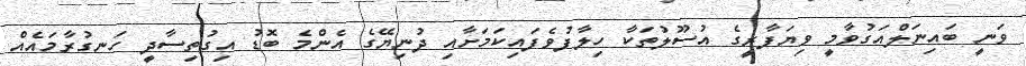
ވަނީ ބައިނަލްއަގުވާމީ ވިޔަފާރީގެ އުސޫލުތަކާ ހިލާފުވެފައިކަމަށާއި ދުނިޔޭގެ އެންމެ ބޮޑު އިގުތިސާދީ ހަނގުރާމައެއް